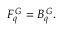
F _ { q } ^ { \, \cal G } = B _ { q } ^ { \, \cal G } .